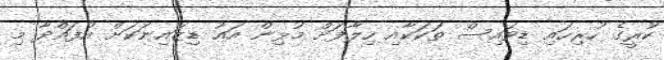
ކުރީގެ ހުރިހައި ޑިވައިސް ތަކަކާއި ހިލާފަށް މުޅިން އައު ޑިޒައިނަކަށް އުފައްދާ މި